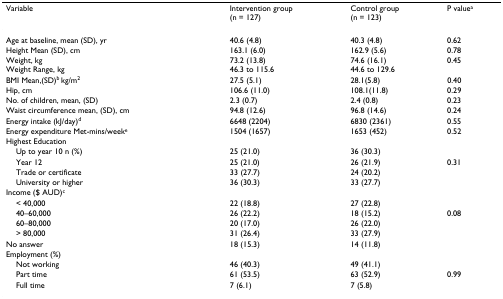
| Variable | Intervention group(n = 127) | Control group(n = 123) | P valuea |
 | --- | --- | --- | --- |
 | Age at baseline, mean (SD), yr | 40.6 (4.8) | 40.3 (4.8) | 0.62 |
 | Height Mean (SD), cm | 163.1 (6.0) | 162.9 (5.6) | 0.78 |
 | Weight, kgWeight Range, kg | 73.2 (13.8)46.3 to 115.6 | 74.6 (16.1)44.6 to 129.6 | 0.45 |
 | BMI Mean,(SD)b kg/m2 | 27.5 (5.1) | 28.1(5.8) | 0.40 |
 | Hip, cm | 106.6 (11.0) | 108.1(11.8) | 0.29 |
 | No. of children, mean, (SD) | 2.3 (0.7) | 2.4 (0.8) | 0.23 |
 | Waist circumference mean, (SD), cm | 94.8 (12.6) | 96.8 (14.6) | 0.24 |
 | Energy intake (kJ/day)d | 6648 (2204) | 6830 (2361) | 0.55 |
 | Energy expenditure Met-mins/weeke | 1504 (1657) | 1653 (452) | 0.52 |
 | Highest Education |  |  |  |
 | Up to year 10 n (%) | 25 (21.0) | 36 (30.3) |  |
 | Year 12 | 25 (21.0) | 26 (21.9) | 0.31 |
 | Trade or certificate | 33 (27.7) | 24 (20.2) |  |
 | University or higher | 36 (30.3) | 33 (27.7) |  |
 | Income ($ AUD)c |  |  |  |
 | < 40,000 | 22 (18.8) | 27 (22.8) |  |
 | 40–60,000 | 26 (22.2) | 18 (15.2) | 0.08 |
 | 60–80,000 | 20 (17.0) | 26 (22.0) |  |
 | > 80,000 | 31 (26.4) | 33 (27.9) |  |
 | No answer | 18 (15.3) | 14 (11.8) |  |
 | Employment (%) |  |  |  |
 | Not working | 46 (40.3) | 49 (41.1) |  |
 | Part time | 61 (53.5) | 63 (52.9) | 0.99 |
 | Full time | 7 (6.1) | 7 (5.8) |  |